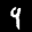
Label: 9